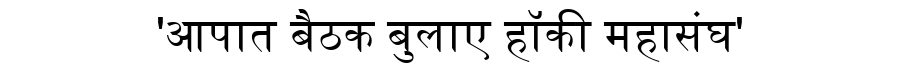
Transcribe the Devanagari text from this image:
'आपात बैठक बुलाए हॉकी महासंघ'